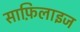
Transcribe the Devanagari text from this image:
साफ़िलाइज